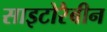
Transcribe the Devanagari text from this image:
साइटोरैबीन